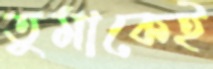
তুমাকেই